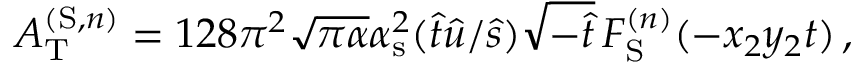
A _ { \mathrm { T } } ^ { ( \mathrm { S } , n ) } = 1 2 8 \pi ^ { 2 } \sqrt { \pi \alpha } \alpha _ { \mathrm { s } } ^ { 2 } ( \hat { t } \hat { u } / \hat { s } ) \sqrt { - \hat { t } } \, F _ { \mathrm { S } } ^ { ( n ) } ( - x _ { 2 } y _ { 2 } t ) \, ,